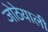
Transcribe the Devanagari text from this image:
जोठेयाली